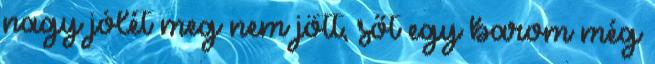
nagy jólét meg nem jött, sőt egy barom még